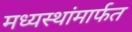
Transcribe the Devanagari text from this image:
मध्यस्थांमार्फत